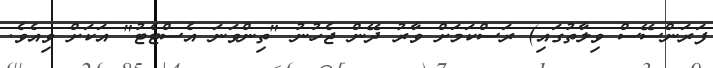
ފަރަންސޭސް ވިލާތުގައި) ރަސްކަމަށް ވާރު ދޭން ޖެހުނު "ތިންވަނަ އެސްޓެޓު" އަކަށް ވިއެވެ.